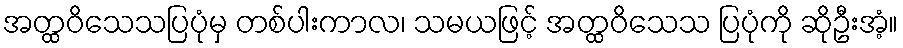
အတ္ထဝိသေသပြပုံမှ တစ်ပါးကာလ၊ သမယဖြင့် အတ္ထဝိသေသ ပြပုံကို ဆိုဦးအံ့။